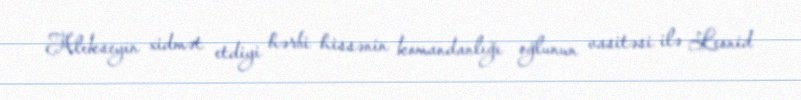
Alekseyin xidmət etdiyi hərbi hissənin komandanlığı oğlunun vasitəsi ilə Leonid